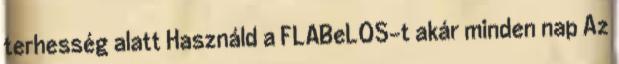
terhesség alatt Használd a FLABeLOS-t akár minden nap Az